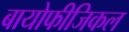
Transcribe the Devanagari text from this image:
बायोफीजिकल